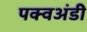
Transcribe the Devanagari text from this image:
पक्वअंडी